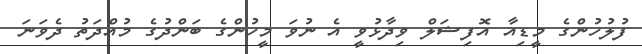
ފުލުހުންގެ މީޑިއާ އޮފިޝަލް ވިދާޅުވީ އެ ނުވަ މީހުންގެ ބަންދުގެ މުއްދަތު ދެވަނަ